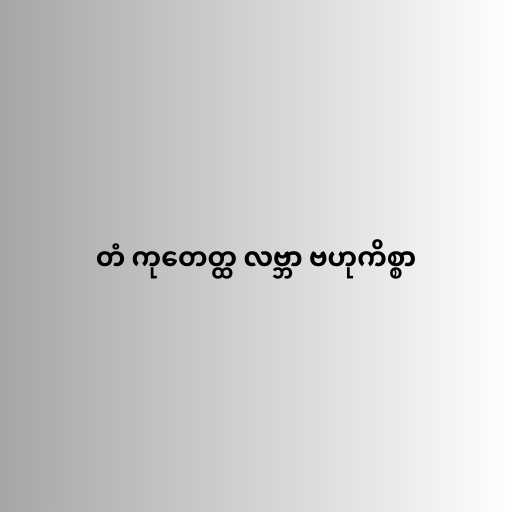
တံ ကုတေတ္ထ လဗ္ဘာ ဗဟုကိစ္စာ